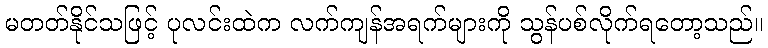
မတတ်နိုင်သဖြင့် ပုလင်းထဲက လက်ကျန်အရက်များကို သွန်ပစ်လိုက်ရတော့သည်။